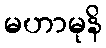
မဟာမုနိ